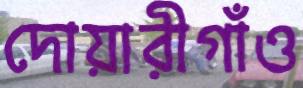
দোয়ারীগাঁও